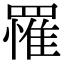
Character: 罹